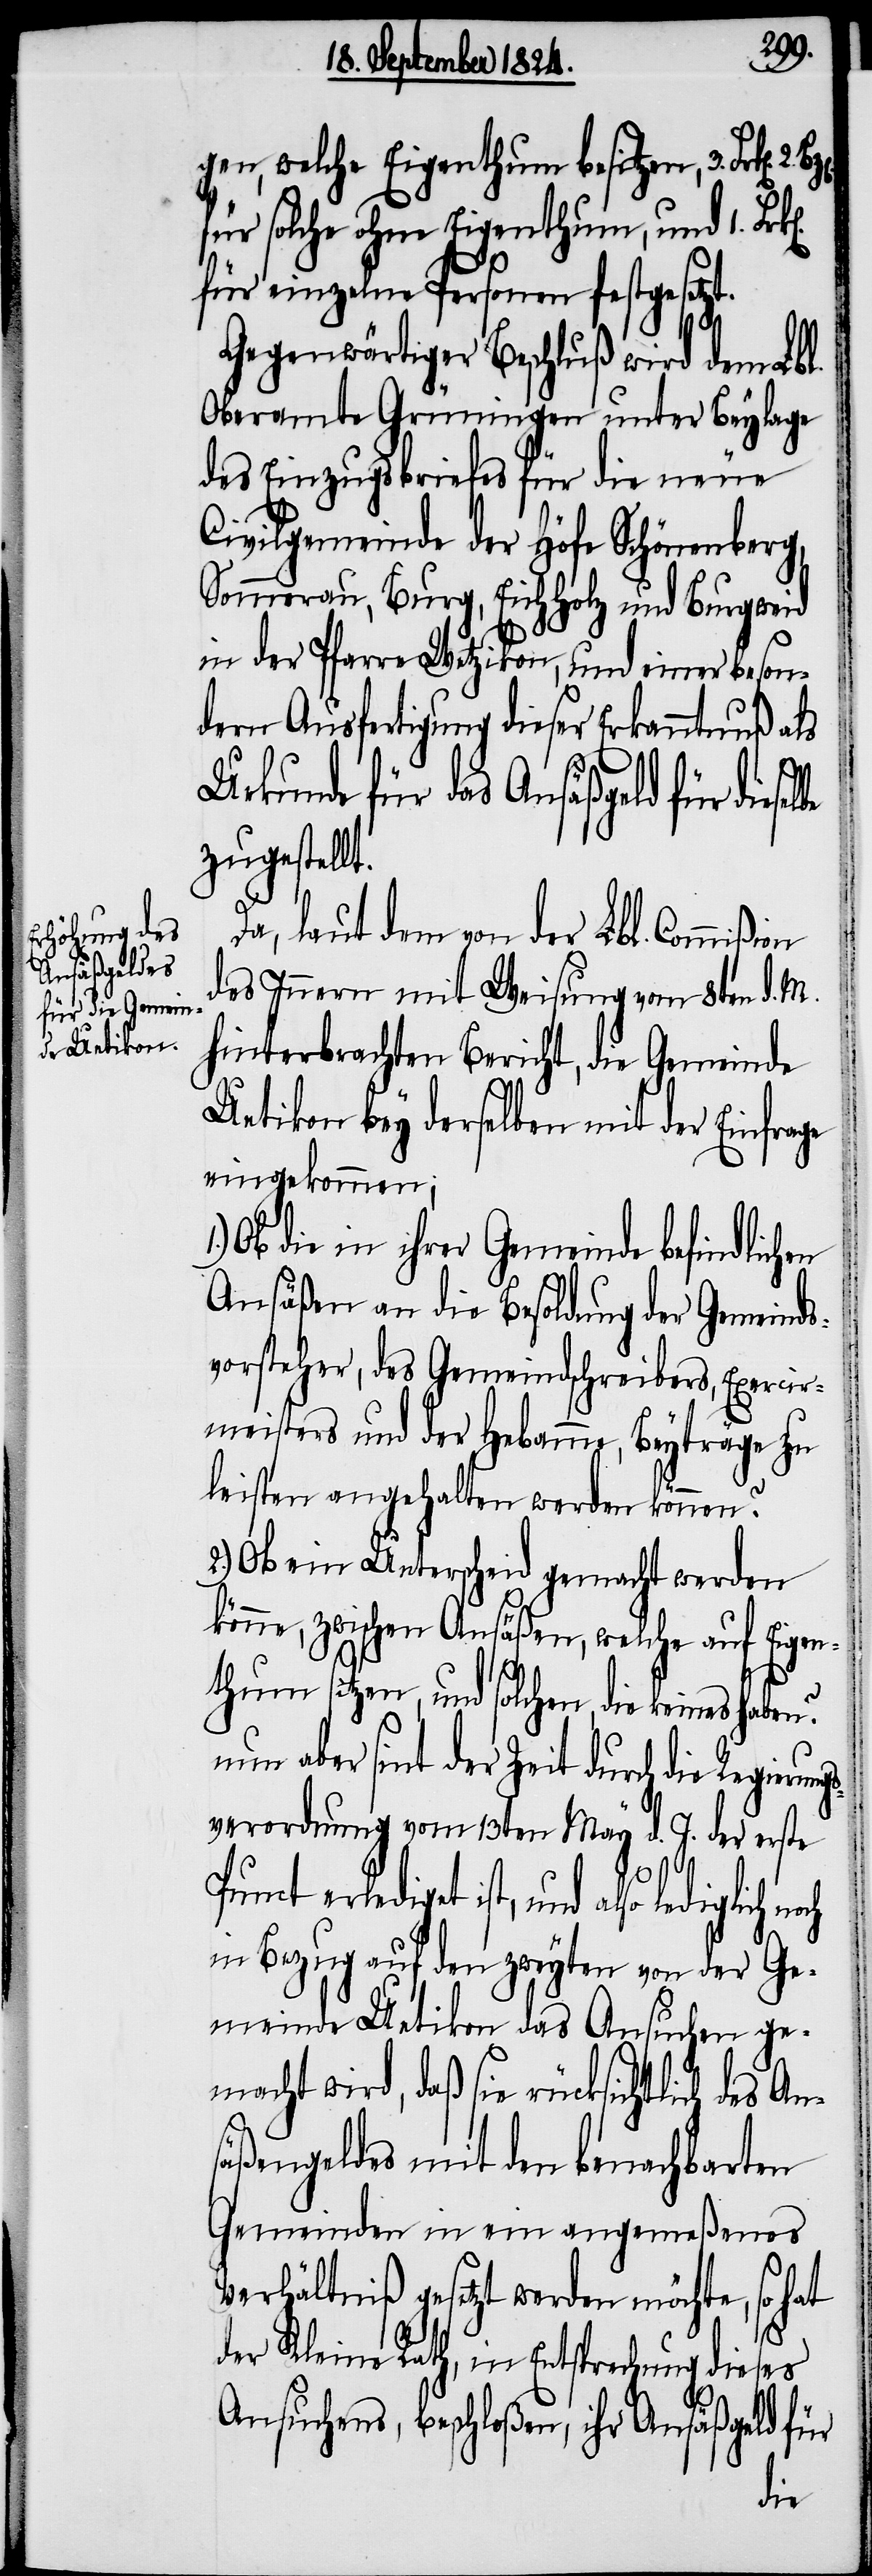
gen, welche Eigenthum besitzen, 3. Frk[en].
für solche ohne Eigenthum, und 1. Frk[e¬
für einzelne Personen festgesetzt.
Gegenwärtiger Beschluß wird dem Lbl.
Oberamte Grüningen unter Beylage
des Einzugsbriefes für die neue
Civilgemeinde der Höfe Schönenberg,
Sommerau, Burg, Eichholz und Burgweid
in der Pfarre Wetzikon, und einer beson¬
dern Ausfertigung dieser Erkanntnuß als
Urkunde für das Ansäßgeld für diese¬
zugestellt.
Da, laut dem von der Lbl. Commi¬
des Inneren mit Weisung vom 8ten d. M.
hinterbrachten Bericht, die Gemeinde
Uetikon bey derselben mit der Einfrage
eingekommen;
Ob die in ihrer Gemeinde befindlichen
Ansäßen an die Besoldung der Gemeinds¬
vorsteher, des Gemeindschreibers, Exercier¬
meisters und der Hebamme, Beyträge zu
leisten angehalten werden können?
2.) Ob eine Unterscheid gemacht werden
könne, zwischen Ansäßen, welche auf Eigen¬
thum sitzen, und solchen, die keines haben?
nun aber sind der Zeit durch die Regierun¬
verordnung vom 13ten May d. J. der erste
Punct erlediget ist, und
in Bezug auf den zweyten von der Ge¬
meinde Uetikon das Ansuchen ge¬
macht wird, daß sie rücksichtlich des
säßengeldes mit den benachbarten
Gemeinden in ein angemeßenes
Verhältniß gesetzt werden möchte, so hat
An¬
der Kleine Rath, in Entsprechung dieses
Ansuchens, beschloßen, ihr Ansäßgeld für